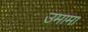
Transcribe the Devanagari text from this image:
उमामा